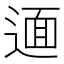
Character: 𨕂